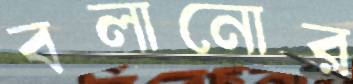
বলানোর